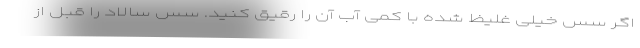
اگر سس خیلی غلیظ شده با کمی آب آن را رقیق کنید. سس سالاد را قبل از